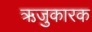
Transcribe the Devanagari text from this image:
ऋजुकारक